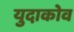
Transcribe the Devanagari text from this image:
युदाकोव